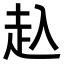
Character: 𧺌